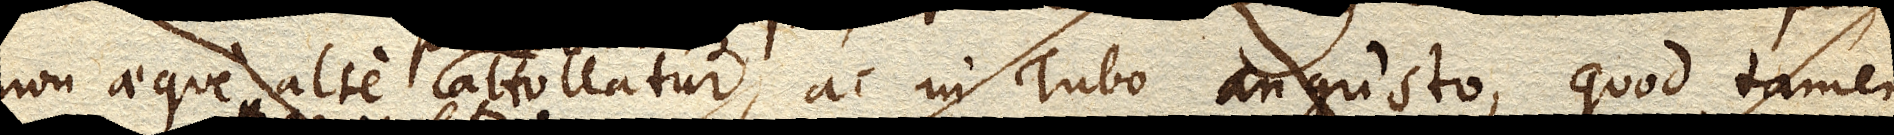
non aeque alte per antliam attollatur, ac in Tubo angusto, quod tamen